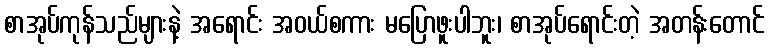
စာအုပ်ကုန်သည်များနဲ့ အရောင်း အဝယ်စကား မပြောဖူးပါဘူး၊ စာအုပ်ရောင်းတဲ့ အတန်းတောင်